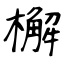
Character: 檞